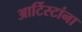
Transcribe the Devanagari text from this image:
आर्टिस्टांना